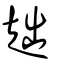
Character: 趉